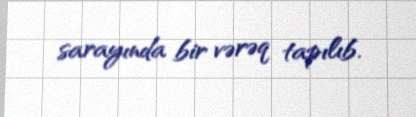
sarayında bir vərəq tapılıb.